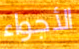
الأجواء